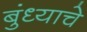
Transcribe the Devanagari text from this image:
बुंध्याचे